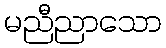
မညီညာသော